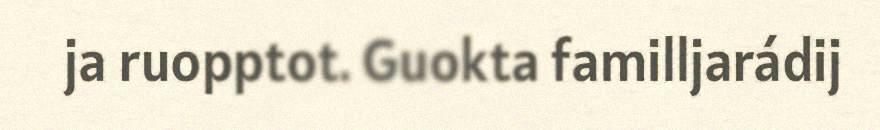
ja ruopptot. Guokta familljarádij